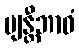
ဗျန္တီဘာဝံ